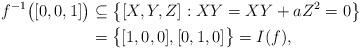
LaTeX: \begin{align*}f^{-1}\bigl([0,0,1]\bigr)&\subseteq \bigl\{ [X,Y,Z] : XY=XY+aZ^2=0 \bigr\}\\&=\bigl\{ [1,0,0],[0,1,0] \bigr\} = I(f),\end{align*}